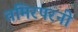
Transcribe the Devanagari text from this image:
तमिरपरनी